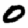
Digit: 0